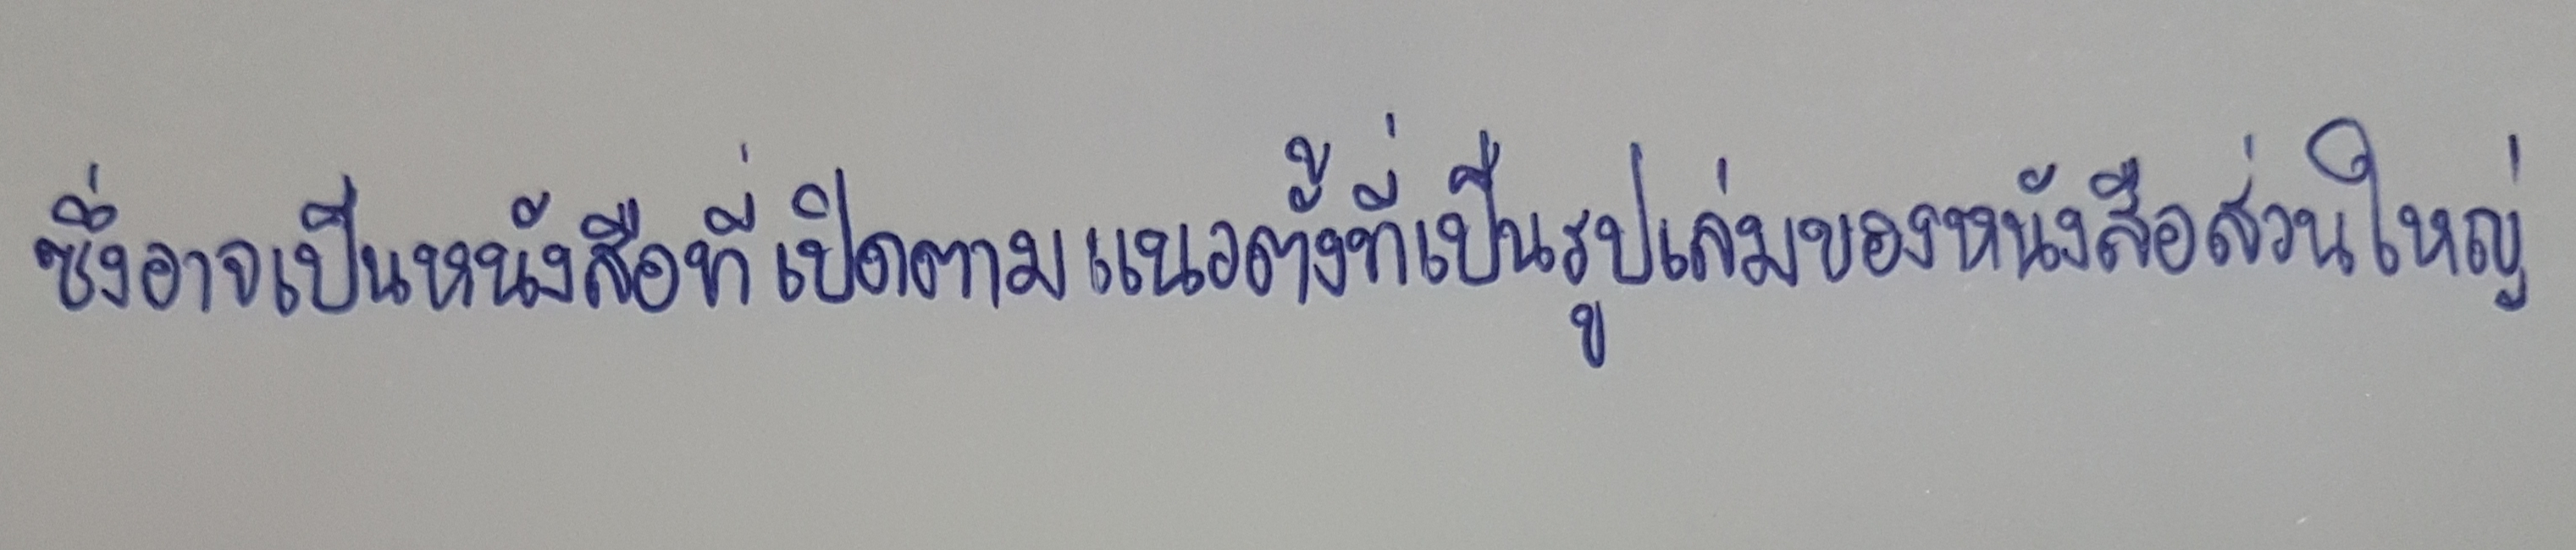
ซึ่งอาจเป็นหนังสือที่เปิดตามแนวตั้งที่เป็นรูปเล่มของหนังสือส่วนใหญ่